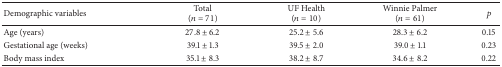
| Demographic variables | Total(n = 71) | UF Health(n = 10) | Winnie Palmer(n = 61) | p |
 | --- | --- | --- | --- | --- |
 | Age (years) | 27.8 ± 6.2 | 25.2 ± 5.6 | 28.3 ± 6.2 | 0.15 |
 | Gestational age (weeks) | 39.1 ± 1.3 | 39.5 ± 2.0 | 39.0 ± 1.1 | 0.23 |
 | Body mass index | 35.1 ± 8.3 | 38.2 ± 8.7 | 34.6 ± 8.2 | 0.22 |